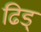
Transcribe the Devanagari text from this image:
ढिड्